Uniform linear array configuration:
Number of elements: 8
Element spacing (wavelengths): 1
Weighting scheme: binomial
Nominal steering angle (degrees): -60
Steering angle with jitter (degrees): -58.721
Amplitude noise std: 0.05
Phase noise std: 0.05

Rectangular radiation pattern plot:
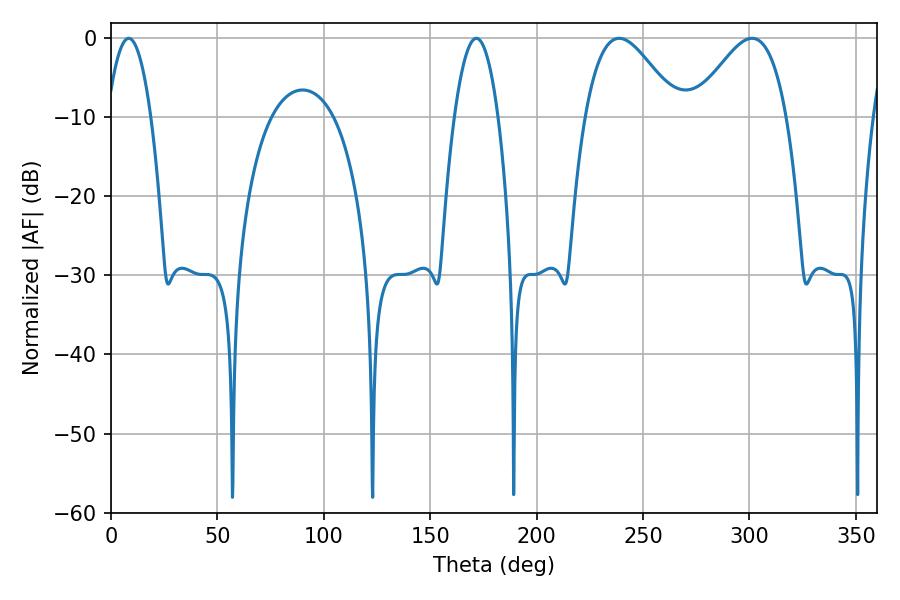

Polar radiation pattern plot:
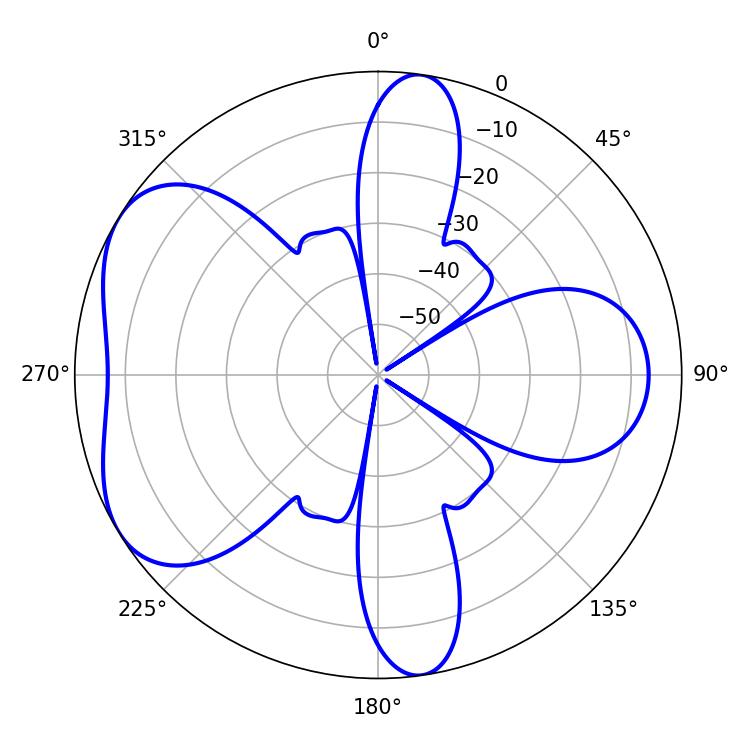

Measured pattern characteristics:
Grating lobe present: TRUE
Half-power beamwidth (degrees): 23.4
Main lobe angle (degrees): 238.86